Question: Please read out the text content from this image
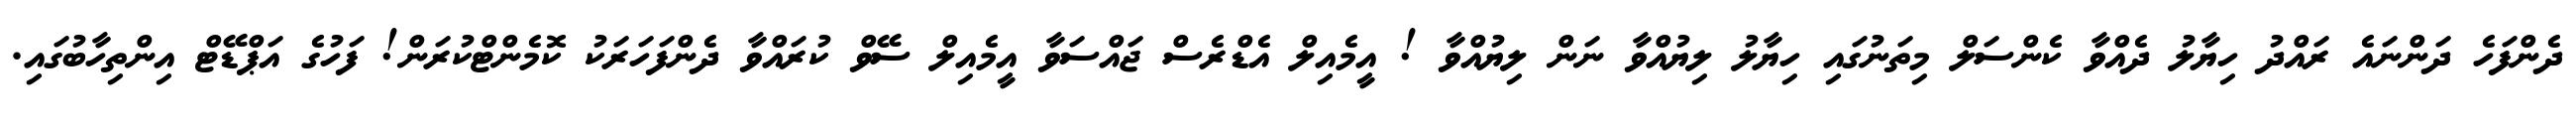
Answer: ދެންފަހެ ދަންނައެ ރައްދު ހިޔާލު ދެއްވާ ކެންސަލް މިތަނުގައި ހިޔާލު ލިޔުއްވާ ނަން ލިޔުއްވާ ! އީމެއިލް އެޑްރެސް ޖައްސަވާ އީމެއިލް ސޭވް ކުރައްވާ ދެންފަހަރަކު ކޮމެންޓްކުރަން! ފަހުގެ އަޕްޑޭޓް އިންތިހާބުގައި.